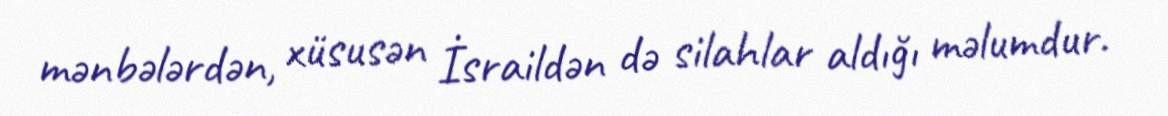
mənbələrdən, xüsusən İsraildən də silahlar aldığı məlumdur.